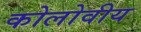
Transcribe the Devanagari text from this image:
कोलोवीय